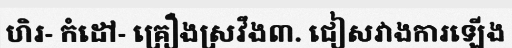
ហិរ- កំដៅ- គ្រឿងស្រវឹង៣. ជៀសវាងការឡើង